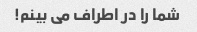
شما را در اطراف می بینم!